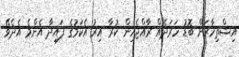
އިޝްތިހާރަށް ބޮޑު ހަރަދެއް ރާއްޖެއިން ކުރާ އިރު އެކަމުގެ ފައިދާ އެންމެ އެދެވޭ